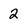
Character: 2